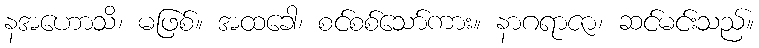
နအဟောသိ၊ မဖြစ်။ အထခေါ၊ စင်စစ်သော်ကား။ နာဂရာဇာ၊ ဆင်မင်းသည်။